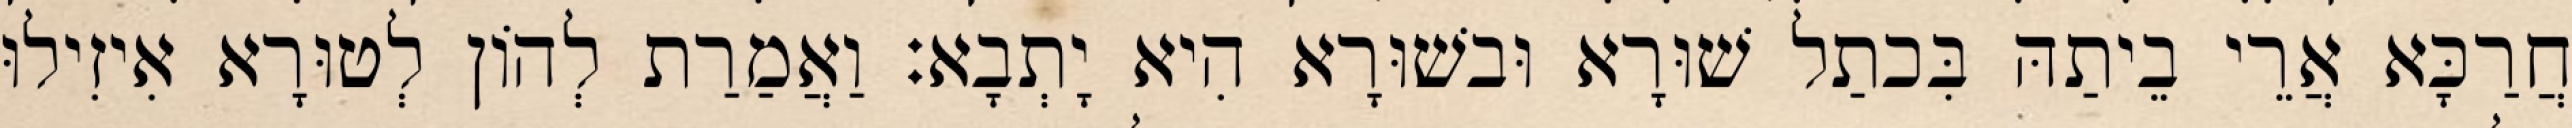
חֲרַכָּא אֲרֵי בֵיתַהּ בִּכתַל שׁוּרָא וּבשׁוּרָא הִיא יָתְבָא׃ וַאֲמַרַת לְהוֹן לְטוּרָא אִיזִילוּ